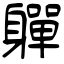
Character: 軃